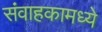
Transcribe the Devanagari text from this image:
संवाहकामध्ये